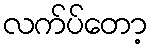
လက်ပ်တော့